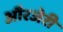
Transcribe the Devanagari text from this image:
औरजेरी